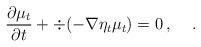
LaTeX: \begin{align*}\frac{\partial\mu_t}{\partial t}+\div (-\nabla \eta_t\mu_t)=0\, ,\quad\, .\end{align*}